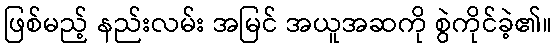
ဖြစ်မည့် နည်းလမ်း အမြင် အယူအဆကို စွဲကိုင်ခဲ့၏။